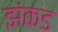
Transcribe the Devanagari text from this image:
झंकड